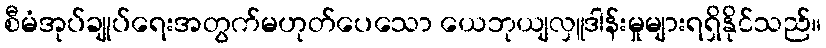
စီမံအုပ်ချုပ်ရေးအတွက်မဟုတ်ပေသော ယေဘုယျလှူဒါန်းမှုများရရှိနိုင်သည်။